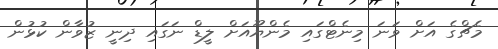
މެޗްގެ އަށް ވަނަ މިނެޓްގައި މެންޔޫއަށް ލީޑް ނަގައި ދިނީ ޒުވާން ކުޅުން